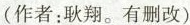
(作者：秋翔。有删改)